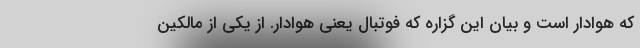
که هوادار است و بیان این گزاره که فوتبال یعنی هوادار. از یکی از مالکین